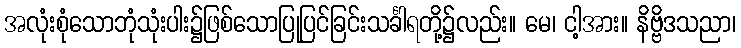
အလုံးစုံသောဘုံသုံးပါး၌ဖြစ်သောပြုပြင်ခြင်းသင်္ခါရတို့၌လည်း။ မေ၊ ငါ့အား။ နိဗ္ဗိဒသညာ၊